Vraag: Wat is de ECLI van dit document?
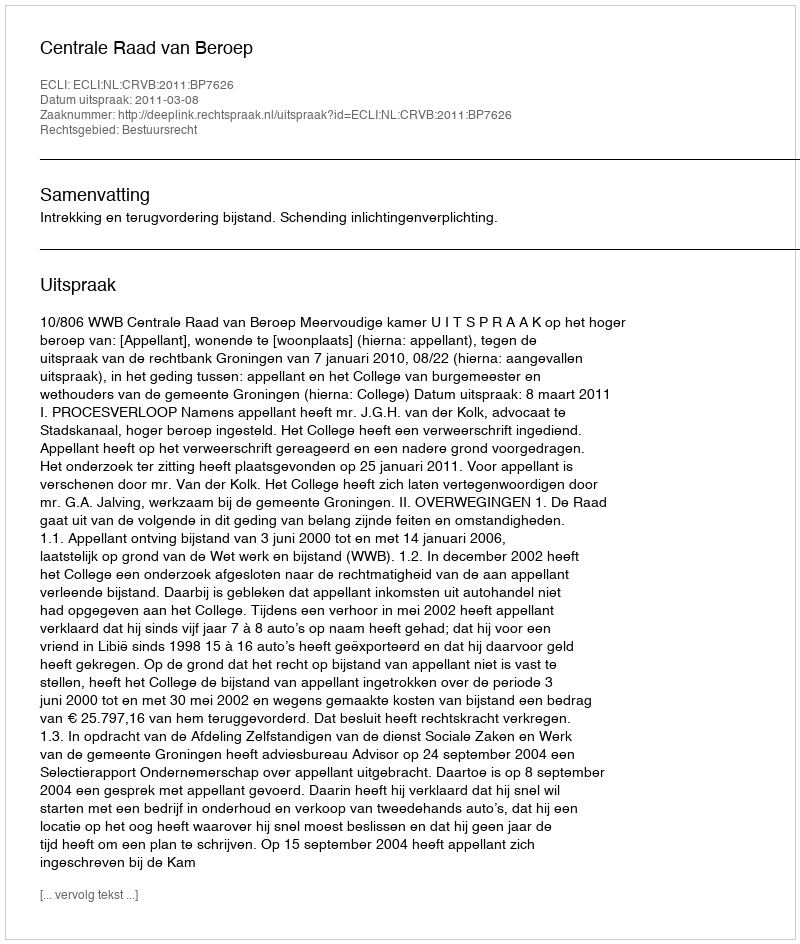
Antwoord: ECLI:NL:CRVB:2011:BP7626